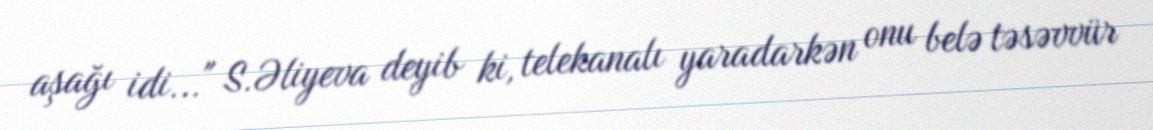
aşağı idi..." S.Əliyeva deyib ki, telekanalı yaradarkən onu belə təsəvvür